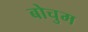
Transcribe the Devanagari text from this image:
बोचुम